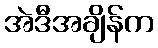
အဲဒီအချိန်က